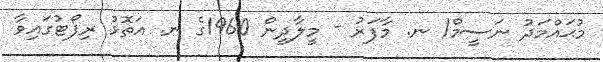
މުޙައްމަދު ނަސީމް/ ނ. މާފަރު - މީލާދީން 1960ގެ ނ. އަތޮޅު ރިޕޯޓުގައިވާ